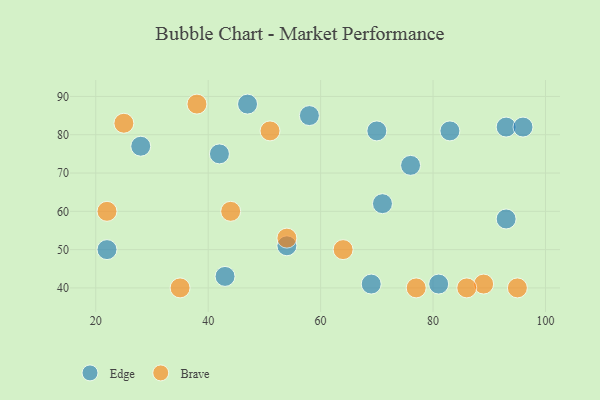
{"axis": {"x": "GDP", "y": "Life Expectancy"}, "legend": ["Brave", "Edge"], "data": [{"x": "28", "y": 77, "type": "Edge"}, {"x": "93", "y": 58, "type": "Edge"}, {"x": "70", "y": 81, "type": "Edge"}, {"x": "76", "y": 72, "type": "Edge"}, {"x": "22", "y": 50, "type": "Edge"}, {"x": "54", "y": 51, "type": "Edge"}, {"x": "83", "y": 81, "type": "Edge"}, {"x": "81", "y": 41, "type": "Edge"}, {"x": "42", "y": 75, "type": "Edge"}, {"x": "58", "y": 85, "type": "Edge"}, {"x": "71", "y": 62, "type": "Edge"}, {"x": "43", "y": 43, "type": "Edge"}, {"x": "93", "y": 82, "type": "Edge"}, {"x": "96", "y": 82, "type": "Edge"}, {"x": "47", "y": 88, "type": "Edge"}, {"x": "69", "y": 41, "type": "Edge"}, {"x": "89", "y": 41, "type": "Brave"}, {"x": "44", "y": 60, "type": "Brave"}, {"x": "35", "y": 40, "type": "Brave"}, {"x": "86", "y": 40, "type": "Brave"}, {"x": "54", "y": 53, "type": "Brave"}, {"x": "77", "y": 40, "type": "Brave"}, {"x": "51", "y": 81, "type": "Brave"}, {"x": "25", "y": 83, "type": "Brave"}, {"x": "22", "y": 60, "type": "Brave"}, {"x": "95", "y": 40, "type": "Brave"}, {"x": "64", "y": 50, "type": "Brave"}, {"x": "38", "y": 88, "type": "Brave"}]}